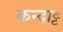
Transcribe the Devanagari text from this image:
कन्दोट्ट